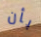
بأن